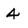
Character: 4